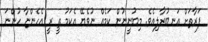
ފަރާތަށް އަނބުރާލިއެވެ. މިބުނީނުން ކަމެއް ނުވެޔޭ އެކަމު ތީ ރީ އެހެންޏާ ހުންނަ